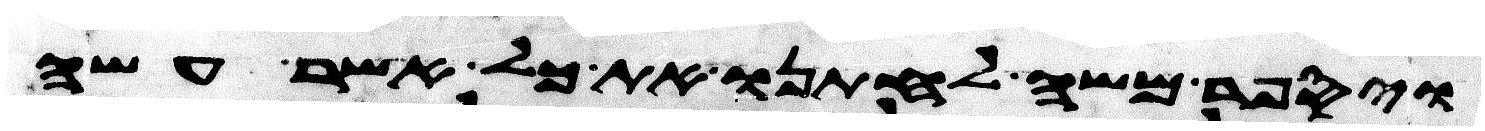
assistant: ויספר משה לחתנו את כל אשר עשה